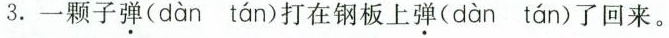
3.一颗子弹( dàn tán )打在钢板上弹( dàn tán )了回来。